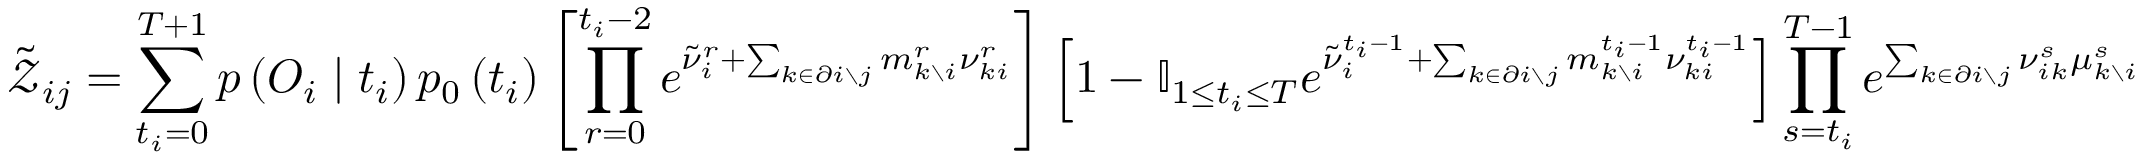
\tilde { \mathcal { Z } } _ { i j } = \sum _ { t _ { i } = 0 } ^ { T + 1 } p \left( \boldsymbol { O } _ { i } \mid t _ { i } \right) p _ { 0 } \left( t _ { i } \right) \left[ \prod _ { r = 0 } ^ { t _ { i } - 2 } e ^ { \tilde { \nu } _ { i } ^ { r } + \sum _ { k \in \partial i \setminus j } m _ { k \setminus i } ^ { r } \nu _ { k i } ^ { r } } \right] \left[ 1 - \mathbb { I } _ { 1 \leq t _ { i } \leq T } e ^ { \tilde { \nu } _ { i } ^ { t _ { i } - 1 } + \sum _ { k \in \partial i \setminus j } m _ { k \setminus i } ^ { t _ { i } - 1 } \nu _ { k i } ^ { t _ { i } - 1 } } \right] \prod _ { s = t _ { i } } ^ { T - 1 } e ^ { \sum _ { k \in \partial i \setminus j } \nu _ { i k } ^ { s } \mu _ { k \setminus i } ^ { s } }